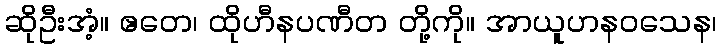
ဆိုဦးအံ့။ ဧတေ၊ ထိုဟီနပဏီတ တို့ကို။ အာယူဟနဝသေန၊